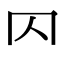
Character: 𠔿